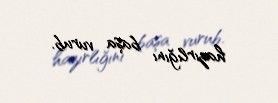
hazırlığını başa vurub.